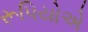
રૂપિયોએ